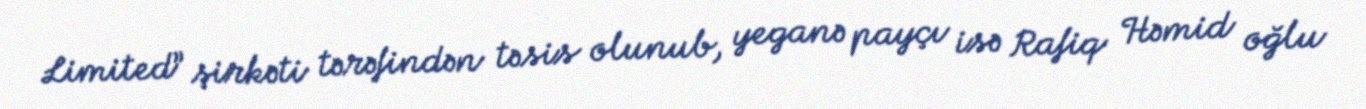
Limited” şirkəti tərəfindən təsis olunub, yeganə payçı isə Rafiq Həmid oğlu